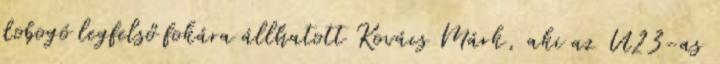
dobogó legfelső fokára állhatott Kovács Márk, aki az U23-as